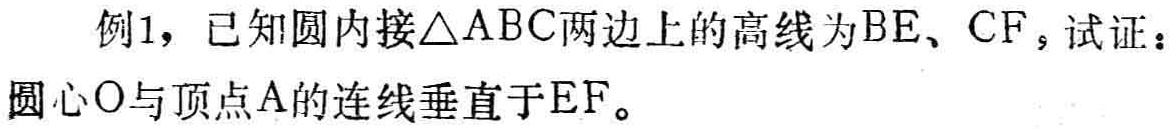
例1，已知圆内接$\triangle ABC$两边上的高线为$BE$、$CF$，试证：圆心$O$与顶点$A$的连线垂直于$EF$。